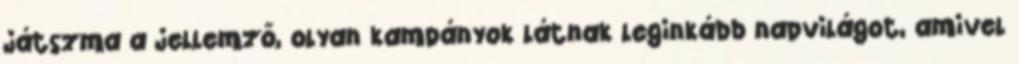
játszma a jellemző, olyan kampányok látnak leginkább napvilágot, amivel